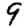
Digit: 9